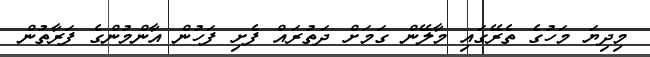
މިދިޔަ މަހުގެ ތެރޭގައި މާލޭން ގަމަށް ދަތުރައް ފެށި ފަހުން އާންމުންގެ ފަރާތުން